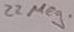
Text: 22Meg